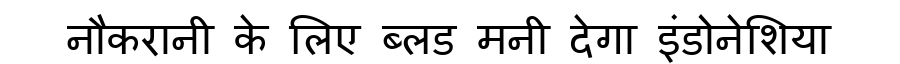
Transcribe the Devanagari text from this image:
नौकरानी के लिए ब्लड मनी देगा इंडोनेशिया